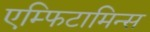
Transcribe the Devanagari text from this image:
एम्फिटामिन्स